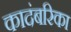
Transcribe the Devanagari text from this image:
कादंबरिका